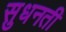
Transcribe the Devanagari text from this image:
सुधनती